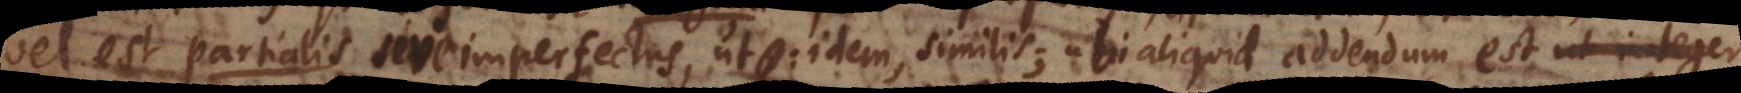
i s vel sive imperfectus, ut: idem, similis; ubi aliquid addendum est ut integer